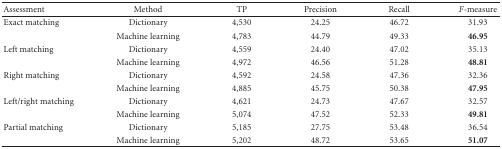
<table><thead><tr><td><b> Assessment</b></td><td><b> Method</b></td><td><b> TP</b></td><td><b> Precision</b></td><td><b> Recall</b></td><td><b><i>F</i>-measure</b></td></tr></thead><tbody><tr><td>Exact matching</td><td> Dictionary</td><td> 4,530</td><td> 24.25</td><td> 46.72</td><td> 31.93</td></tr><tr><td></td><td> Machine learning</td><td> 4,783</td><td> 44.79</td><td> 49.33</td><td><b>46.95</b></td></tr><tr><td>Left matching</td><td> Dictionary</td><td> 4,559</td><td> 24.40</td><td> 47.02</td><td> 35.13</td></tr><tr><td></td><td> Machine learning</td><td> 4,972</td><td> 46.56</td><td> 51.28</td><td><b>48.81</b></td></tr><tr><td>Right matching</td><td> Dictionary</td><td> 4,592</td><td> 24.58</td><td> 47.36</td><td> 32.36</td></tr><tr><td></td><td> Machine learning</td><td> 4,885</td><td> 45.75</td><td> 50.38</td><td><b>47.95</b></td></tr><tr><td>Left/right matching</td><td> Dictionary</td><td> 4,621</td><td> 24.73</td><td> 47.67</td><td> 32.57</td></tr><tr><td></td><td> Machine learning</td><td> 5,074</td><td> 47.52</td><td> 52.33</td><td><b>49.81</b></td></tr><tr><td>Partial matching</td><td> Dictionary</td><td> 5,185</td><td> 27.75</td><td> 53.48</td><td> 36.54</td></tr><tr><td></td><td> Machine learning</td><td> 5,202</td><td> 48.72</td><td> 53.65</td><td><b>51.07</b></td></tr></tbody></table>